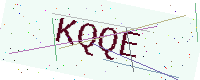
Text: KQQE